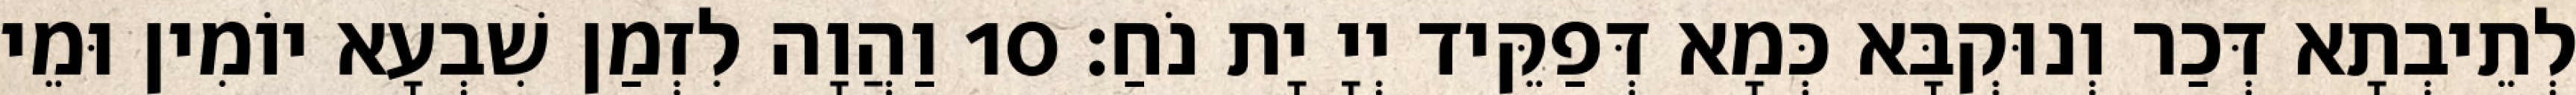
לְתֵיבְתָא דְּכַר וְנוּקְבָּא כְּמָא דְּפַקֵּיד יְיָ יָת נֹחַ׃ 10 וַהֲוָה לִזְמַן שִׁבְעָא יוֹמִין וּמֵי